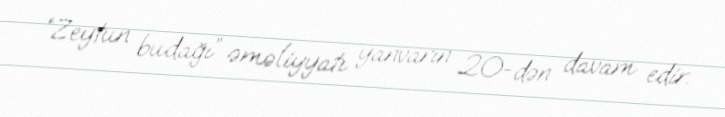
“Zeytun budağı” əməliyyatı yanvarın 20-dən davam edir.